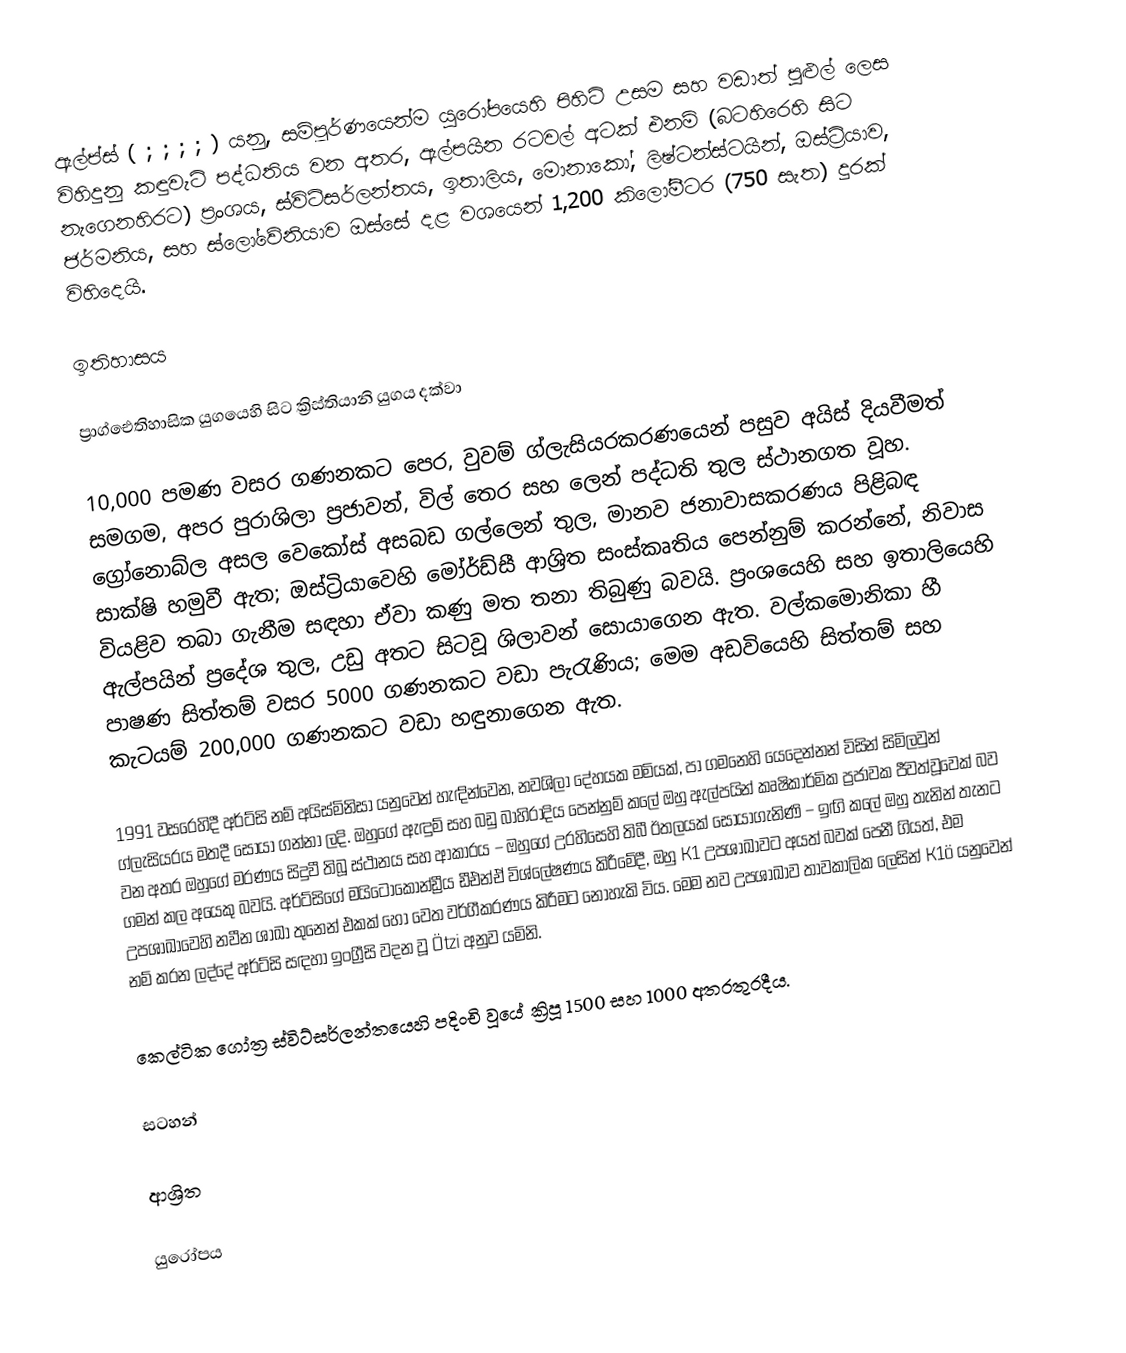
ඇල්ප්ස් ( ; ; ; ; ) යනු, සම්පූර්ණයෙන්ම  යුරෝපයෙහි පිහිටි උසම සහ වඩාත් පුළුල් ලෙස විහිදුනු කඳුවැටි පද්ධතිය වන අතර,  ඇල්පයින රටවල් අටක් එනම්  (බටහිරෙහි සිට නැගෙනහිරට) ප්‍රංශය, ස්විට්සර්ලන්තය, ඉතාලිය, මොනාකෝ, ලිෂ්ටන්ස්ටයින්, ඔස්ට්‍රියාව, ජර්මනිය, සහ ස්ලෝවේනියාව ඔස්සේ දළ වශයෙන් 1,200 කිලෝමීටර (750 සැත) දුරක් විහිදෙයි.

ඉතිහාසය

ප්‍රාග්ඓතිහාසික යුගයෙහි සිට ක්‍රිස්තියානි යුගය දක්වා

10,000 පමණ වසර ගණනකට පෙර,  වුවම් ග්ලැසියරකරණයෙන් පසුව අයිස් දියවීමත් සමගම, අපර පුරාශිලා ප්‍රජාවන්,  විල් තෙර සහ ලෙන් පද්ධති තුල ස්ථානගත වූහ. ග්‍රෝනොබ්ල අසල වෙකෝස් අසබඩ ගල්ලෙන් තුල, මානව ජනාවාසකරණය පිළිබඳ සාක්ෂි හමුවී ඇත; ඔස්ට්‍රියාවෙහි මෝර්ඩ්සී ආශ්‍රිත සංස්කෘතිය පෙන්නුම් කරන්නේ, නිවාස වියළිව තබා ගැනීම සඳහා ඒවා කණු මත තනා තිබුණු බවයි. ප්‍රංශයෙහි සහ ඉතාලියෙහි ඇල්පයින් ප්‍රදේශ තුල, උඩු අතට සිටවූ ශිලාවන් සොයාගෙන ඇත. වල්කමොනිකා හී පාෂණ සිත්තම් වසර 5000 ගණනකට වඩා පැරැණිය; මෙම අඩවියෙහි සිත්තම්  සහ කැටයම් 200,000 ගණනකට වඩා හඳුනාගෙන ඇත.

1991 වසරෙහිදී අර්ට්සි නම් අයිස්මිනිසා යනුවෙන් හැඳින්වෙන, නවශිලා දේහයක මමියක්, පා ගමනෙහි යෙදෙන්නන් විසින් සිමිලවුන් ග්ලැසියරය මතදී සොයා ගන්නා ලදි. ඔහුගේ ඇඳුම් සහ බඩු බාහිරාදිය පෙන්නුම් කලේ ඔහු ඇල්පයින් කෘෂිකාර්මික ප්‍රජාවක ජීවත්වූවෙක් බව වන අතර ඔහුගේ මරණය සිදුවී තිබූ ස්ථානය සහ ආකාරය – ඔහුගේ උරහිසෙහි තිබී  ඊතලයක් සොයාගැනිණි – ඉඟි කලේ ඔහු තැනින් තැනට ගමන් කල අයෙකු බවයි. අර්ට්සිගේ මයිටොකොන්ඩ්‍රීය ඩීඑන්ඒ විශ්ලේෂණය කිරීමේදී, ඔහු   K1 උපශාඛාවට අයත් බවක් පෙනී ගියත්, එම උපශාඛාවෙහි නවීන ශාඛා තුනෙන් එකක් හෝ වෙත වර්ගීකරණය කිරීමට නොහැකි විය. මෙම නව උපශාඛාව  තාවකාලික ලෙසින් K1ö යනුවෙන් නම් කරන ලද්දේ අර්ට්සි සඳහා ඉංග්‍රීසි වදන වූ  Ötzi අනුව යමිනි.

කෙල්ටික ගෝත්‍ර ස්විට්සර්ලන්තයෙහි පදිංචි වූයේ ක්‍රිපූ 1500 සහ 1000 අතරතුරදීය.

සටහන්

ආශ්‍රිත

යුරෝපය